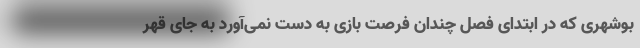
بوشهری که در ابتدای فصل چندان فرصت بازی به دست نمی‌آورد به جای قهر